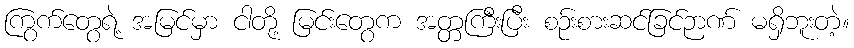
ကြွက်တွေရဲ့ အမြင်မှာ ငါတို့ မြင်းတွေက အတ္တကြီးပြီး စဉ်းစားဆင်ခြင်ဉာဏ် မရှိဘူးတဲ့။